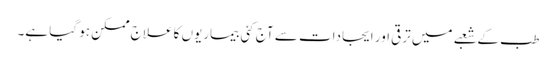
طب کے شعبے میں ترقی اور ایجادات سے آج کئی بیماریوں کا علاج ممکن ہو گیا ہے۔